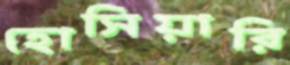
হোসিয়ারি